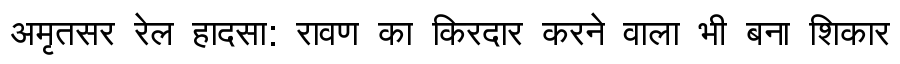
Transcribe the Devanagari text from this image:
अमृतसर रेल हादसा: रावण का किरदार करने वाला भी बना शिकार